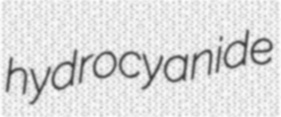
hydrocyanide